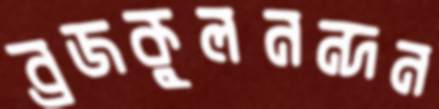
ব্রজকুলনন্দন